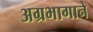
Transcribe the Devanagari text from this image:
अग्रभागाने